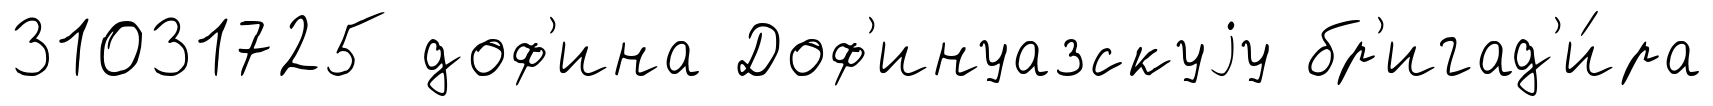
31031725 доф'ина Доф'инуазскуjу бр'игад'и́ра